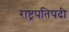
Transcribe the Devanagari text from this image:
राष्ट्रपतिपदी